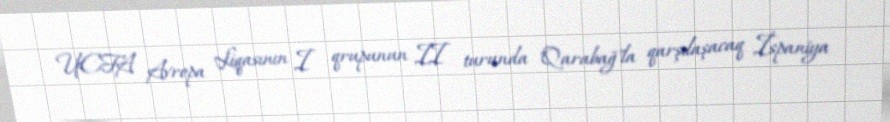
UEFA Avropa Liqasının I qrupunun II turunda "Qarabağ"la qarşılaşacaq İspaniya